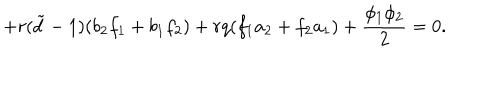
LaTeX: + r ( { \tilde { d } } - 1 ) ( b _ { 2 } f _ { 1 } + b _ { 1 } f _ { 2 } ) + r q ( f _ { 1 } a _ { 2 } + f _ { 2 } a _ { 1 } ) + \frac { \phi _ { 1 } \phi _ { 2 } } { 2 } = 0 .